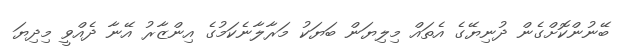
ބޭނުންކޮށްގެން ދުނިޔޭގެ އެތައް މިލިޔަން ބަޔަކު މަރާލާނެކަމުގެ އިންޒާރު އޭނާ ދެއްވީ މިދިޔަ